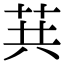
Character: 𦮎